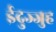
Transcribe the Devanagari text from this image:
ईदुज्जुह